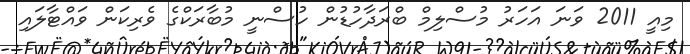
މިއީ 2011 ވަނަ އަހަރު މުސްލިމް ބްރަދާހުޑުން ހުސްނީ މުބާރަކްގެ ވެރިކަން ވައްޓާލައި